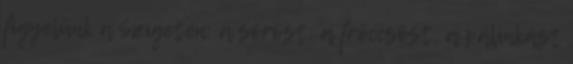
figyelünk a Szigeten: a söröst, a fröccsöst, a pálinkást